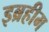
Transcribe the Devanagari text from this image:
इब्रहीम